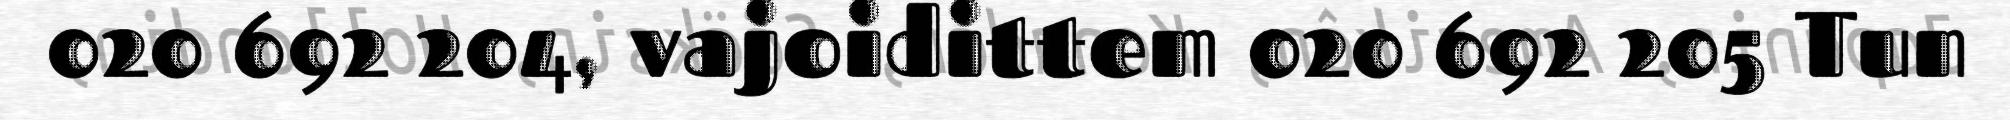
020 692 204, vajoidittem 020 692 205 Tun